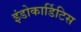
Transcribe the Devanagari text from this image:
इंडोकार्डिटिस